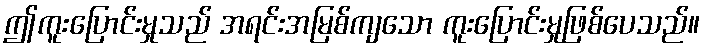
ဤကူးပြောင်းမှုသည် အရင်းအမြစ်ကျသော ကူးပြောင်းမှုဖြစ်ပေသည်။